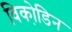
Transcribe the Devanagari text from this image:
विको़डिन